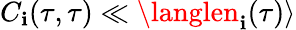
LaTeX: C_{\mathbf{i}}(\tau,\tau)\ll\langlen_{\mathbf{i}}(\tau)\rangle